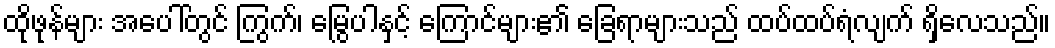
ထိုဖုန်များ အပေါ်တွင် ကြွက်၊ မြွေပါနှင့် ကြောင်များ၏ ခြေရာများသည် ထပ်ထပ်ရံလျက် ရှိလေသည်။